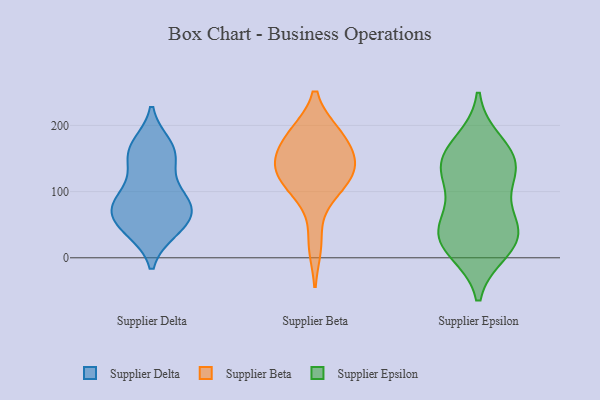
{"axis": {"x": "Revenue (USD Million)", "y": "Value"}, "legend": ["Supplier Beta", "Supplier Delta", "Supplier Epsilon"], "data": [{"x": "", "y": 41, "type": "Supplier Delta"}, {"x": "", "y": 170, "type": "Supplier Delta"}, {"x": "", "y": 63, "type": "Supplier Delta"}, {"x": "", "y": 152, "type": "Supplier Delta"}, {"x": "", "y": 134, "type": "Supplier Delta"}, {"x": "", "y": 79, "type": "Supplier Delta"}, {"x": "", "y": 81, "type": "Supplier Delta"}, {"x": "", "y": 90, "type": "Supplier Delta"}, {"x": "", "y": 76, "type": "Supplier Delta"}, {"x": "", "y": 42, "type": "Supplier Delta"}, {"x": "", "y": 100, "type": "Supplier Delta"}, {"x": "", "y": 167, "type": "Supplier Delta"}, {"x": "", "y": 160, "type": "Supplier Delta"}, {"x": "", "y": 44, "type": "Supplier Delta"}, {"x": "", "y": 67, "type": "Supplier Delta"}, {"x": "", "y": 104, "type": "Supplier Beta"}, {"x": "", "y": 186, "type": "Supplier Beta"}, {"x": "", "y": 151, "type": "Supplier Beta"}, {"x": "", "y": 100, "type": "Supplier Beta"}, {"x": "", "y": 20, "type": "Supplier Beta"}, {"x": "", "y": 143, "type": "Supplier Beta"}, {"x": "", "y": 187, "type": "Supplier Beta"}, {"x": "", "y": 136, "type": "Supplier Beta"}, {"x": "", "y": 124, "type": "Supplier Beta"}, {"x": "", "y": 187, "type": "Supplier Beta"}, {"x": "", "y": 142, "type": "Supplier Beta"}, {"x": "", "y": 149, "type": "Supplier Epsilon"}, {"x": "", "y": 19, "type": "Supplier Epsilon"}, {"x": "", "y": 33, "type": "Supplier Epsilon"}, {"x": "", "y": 54, "type": "Supplier Epsilon"}, {"x": "", "y": 173, "type": "Supplier Epsilon"}, {"x": "", "y": 144, "type": "Supplier Epsilon"}, {"x": "", "y": 49, "type": "Supplier Epsilon"}, {"x": "", "y": 12, "type": "Supplier Epsilon"}, {"x": "", "y": 126, "type": "Supplier Epsilon"}, {"x": "", "y": 108, "type": "Supplier Epsilon"}, {"x": "", "y": 33, "type": "Supplier Epsilon"}, {"x": "", "y": 147, "type": "Supplier Epsilon"}]}